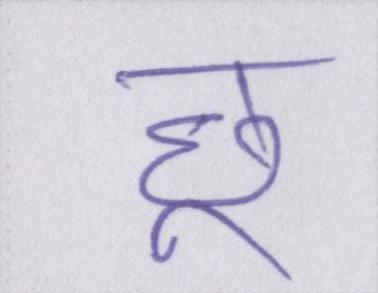
छू